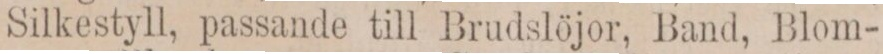
Silkestyll, passande till Brudslöjor, Band, Blom-